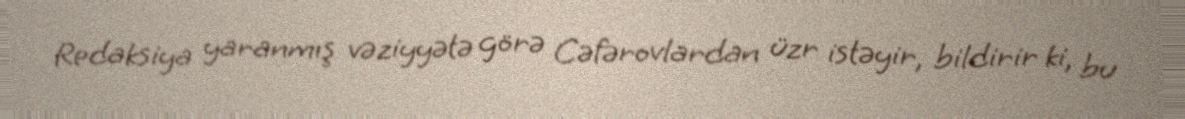
Redaksiya yaranmış vəziyyətə görə Cəfərovlardan üzr istəyir, bildirir ki, bu